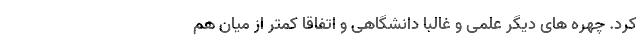
کرد. چهره های دیگر علمی و غالبا دانشگاهی و اتفاقا کمتر از میان هم